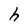
Character: h